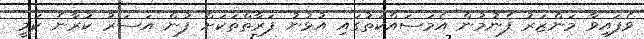
ވެފައިވާ މަންޒަރު ފެނުމުން އެމަސައްކަތުގައި އުޅުނު ފަރާތްތަކަށް ފުން އަސަރު ކުރާނެ ކަމީ